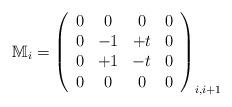
LaTeX: \begin{align*}\mathbb{M}_i=\left(\begin{array}{cccc}0 & 0 & 0 & 0\\0 & -1 & +t & 0\\0 & +1 & -t & 0\\0 & 0 & 0 & 0\end{array}\right)_{i,i+1}\end{align*}